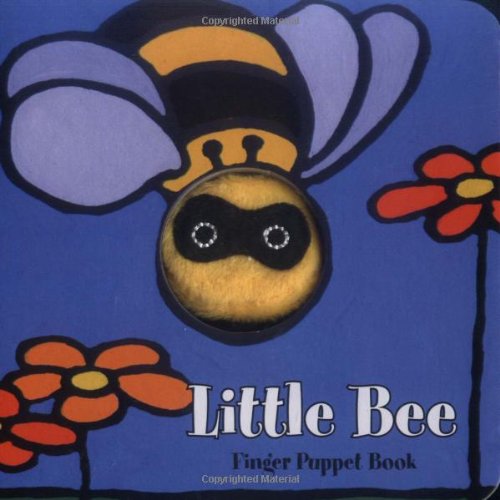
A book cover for Little Bee: Finger Puppet Book (Little Finger Puppet Board Books); Chronicle Books; Children's Books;